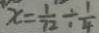
x = \frac { 1 } { 7 2 } \div \frac { 1 } { 4 }